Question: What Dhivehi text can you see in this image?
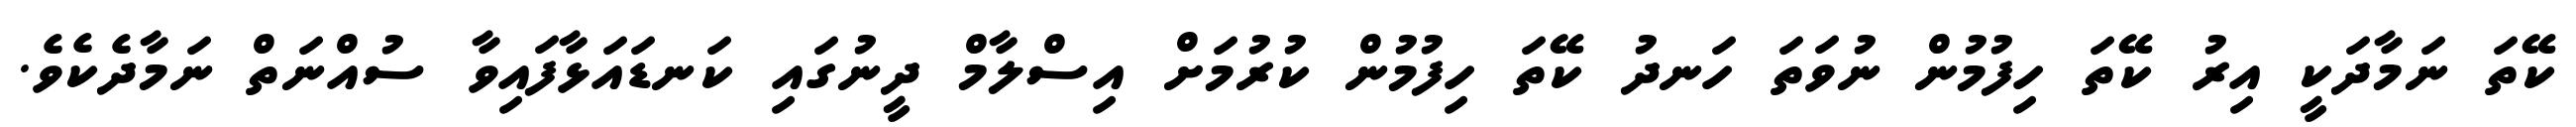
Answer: ކޭތަ ނަމާދަކީ އިރު ކޭތަ ހިފުމުން ނުވަތަ ހަނދު ކޭތަ ހިފުމުން ކުރުމަށް އިސްލާމް ދީނުގައި ކަނޑައަޅާފައިވާ ސުއްނަތް ނަމާދެކެވެ.